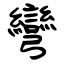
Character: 彎